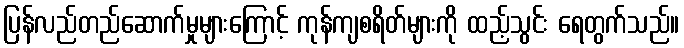
ပြန်လည်တည်ဆောက်မှုများကြောင့် ကုန်ကျစရိတ်များကို ထည့်သွင်း ရေတွက်သည်။